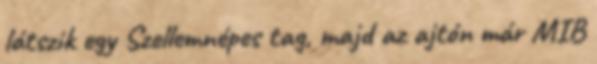
látszik egy Szellemnépes tag, majd az ajtón már MIB